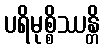
ပရိမုစ္စိဿန္တိ